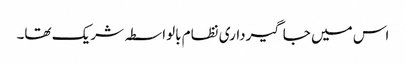
اس میں جاگیرداری نظام بالواسطہ شریک تھا۔